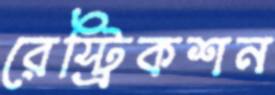
রেস্ট্রিকশন